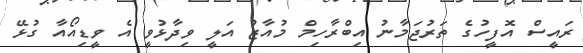
ރައީސް އޮފީހުގެ ތަރުޖަމާނު އިބްރާހިމް މުއާޒު އަލީ ވިދާޅުވީ އެ ވީޑިއޯއާ ގުޅޭ